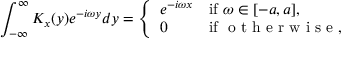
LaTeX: \int _ { - \infty } ^ { \infty } K _ { x } ( y ) e ^ { - i \omega y } d y = { \left\{ \begin{array} { l l } { e ^ { - i \omega x } } & { { \mathrm { i f ~ } } \omega \in [ - a , a ] , } \\ { 0 } & { { \mathrm { i f ~ } } { \textrm { o t h e r w i s e } } , } \end{array} \right. }